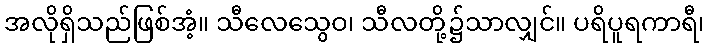
အလိုရှိသည်ဖြစ်အံ့။ သီလေသွေဝ၊ သီလတို့၌သာလျှင်။ ပရိပူရကာရီ၊